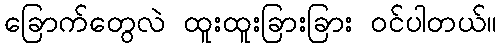
ခြောက်တွေလဲ ထူးထူးခြားခြား ဝင်ပါတယ်။